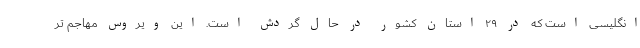
انگلیسی است که در ۲۹ استان کشور در حال گردش است. این ویروس مهاجم تر